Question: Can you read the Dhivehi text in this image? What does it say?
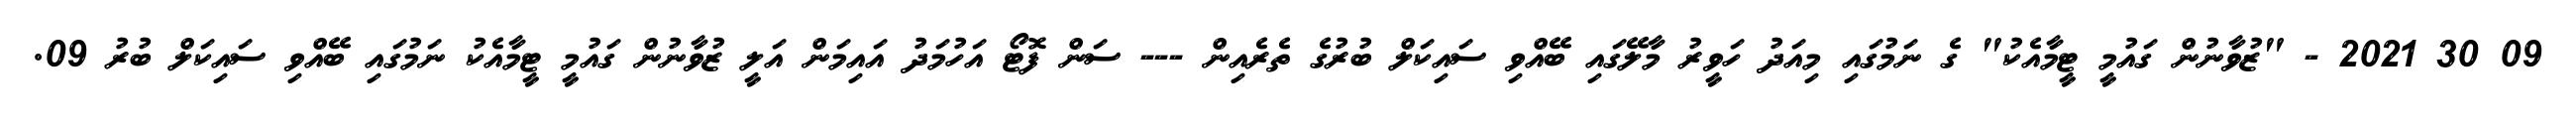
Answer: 09 30 2021 - "ޒުވާނުން ގައުމީ ޓީމާއެކު" ގެ ނަމުގައި މިއަދު ހަވީރު މާލޭގައި ބޭއްވި ސައިކަލް ބުރުގެ ތެރެއިން --- ސަން ފޮޓޯ އަހުމަދު އައިމަން އަލީ ޒުވާނުން ގައުމީ ޓީމާއެކު ނަމުގައި ބޭއްވި ސައިކަލް ބުރު 09.